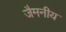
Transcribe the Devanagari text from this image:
जैमनीय